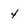
Character: 4